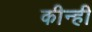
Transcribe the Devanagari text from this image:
कीन्‍ही